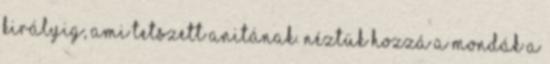
királyig, ami tetszett Anitának. Néztük hozzá a Mondák a